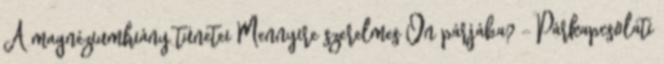
A magnéziumhiány tünetei Mennyire szerelmes Ön párjába? - Párkapcsolati